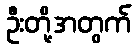
ဦးတို့အတွက်